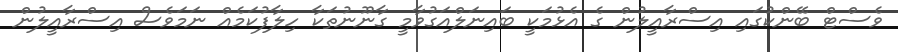
ވެސްޓް ބޭންކުގައި އިސްރާއީލުން ގެ އެޅުމަކީ ބައިނަލްއަގުވާމީ ގާނޫނުތަކާ ހިލާފުކަމެއް ނަމަވެސް އިސްރާއީލުން